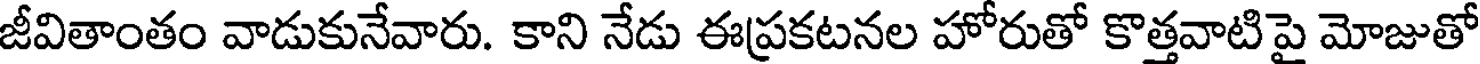
జీవితాంతం వాడుకునేవారు. కాని నేడు ఈప్రకటనల హోరుతో కొత్తవాటిపై మోజుతో